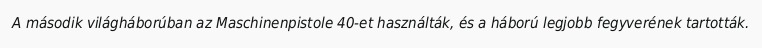
A második világháborúban az Maschinenpistole 40-et használták, és a háború legjobb fegyverének tartották.